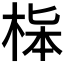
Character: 𣒬